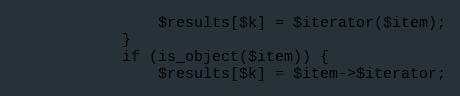
Language: PHP
                $results[$k] = $iterator($item);
            }
            if (is_object($item)) {
                $results[$k] = $item->$iterator;